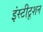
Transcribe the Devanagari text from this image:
इंस्टीटूशन